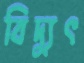
বিদ্যুৎ